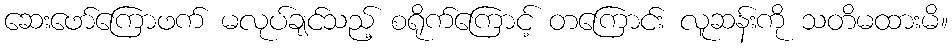
ဆေးဖော်ကြောဖက် မလုပ်ချင်သည့် စရိုက်ကြောင့် တကြောင်း လူဆန်းကို သတိမထားမိ။